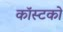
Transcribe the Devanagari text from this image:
कॉस्टको